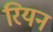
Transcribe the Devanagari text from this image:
रियन